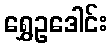
ရွှေဥဒေါင်း